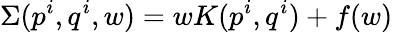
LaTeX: \Sigma(p^{i},q^{i},w)=wK(p^{i},q^{i})+f(w)